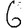
Digit: 6